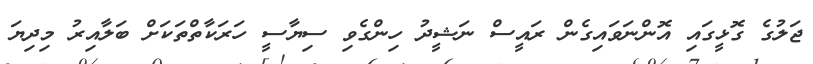
ޖަލުގެ ގޮޅީގައި އޮންނަވައިގެން ރައީސް ނަޝީދު ހިންގެވި ސިޔާސީ ހަރަކާތްތަކަށް ބަލާއިރު މިދިޔަ